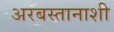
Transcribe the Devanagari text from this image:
अरबस्तानाशी